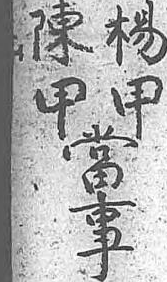
陳楊當甲甲事